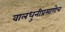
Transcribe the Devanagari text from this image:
वालधुनीप्रमाणेच